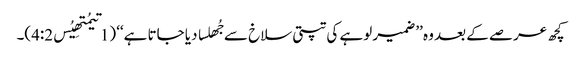
کچھ عرصے کے بعد وہ ’’ضمیر لوہے کی تپتی سلاخ سے جُھلسا دیا جاتا ہے‘‘ (1تیمُتھِیُس4:2)۔